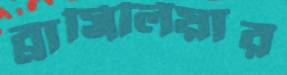
ব্রাসিলিয়ার